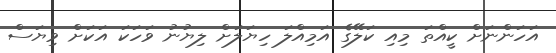
އަހަންނަށް ކީއްތަ މިއި ކަލޭގެ އަމިއްލަ ހިޔަލަށް ލިޔުނު ވަހަކަ އަކަށް ވިޔަސް